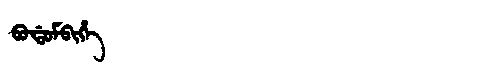
Manchu: ᠪᠣᡩᠣᠮᠪᡳᡥᡝ
Romanization: BODOMBIHE